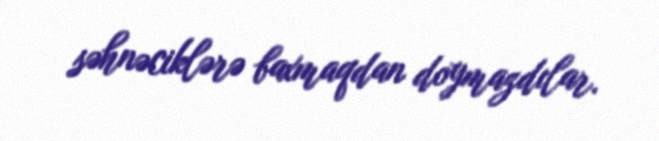
səhnəciklərə baxmaqdan doymazdılar.